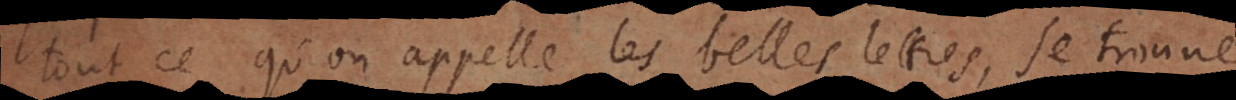
tout ce qu’on appelle les belles lettres, se trouve